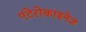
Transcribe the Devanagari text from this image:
एंटेरोकाइनेज